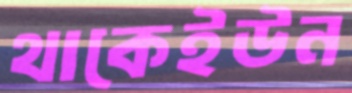
থাকেইউন